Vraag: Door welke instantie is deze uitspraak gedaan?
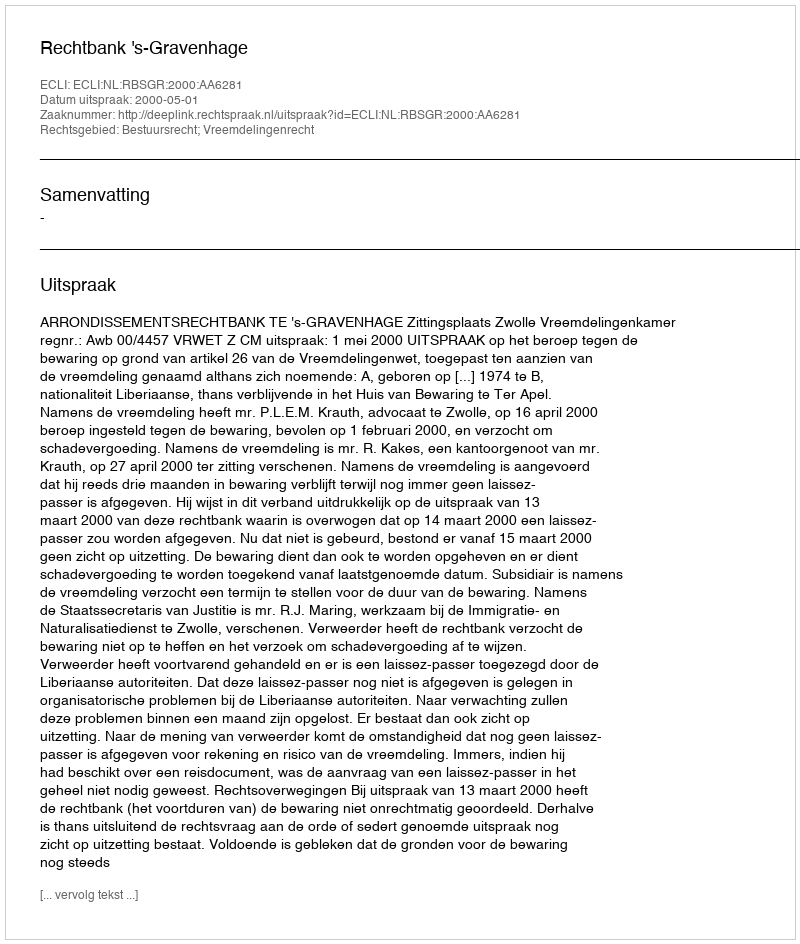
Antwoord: Rechtbank 's-Gravenhage